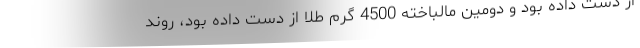
از دست داده بود و دومین مالباخته 4500 گرم طلا از دست داده بود، روند